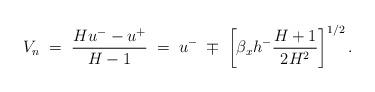
LaTeX: \begin{align*}V_n \; =\; \dfrac{Hu^--u^+}{H-1} \; = \;u^- \; \mp \; \left[\beta_x h^- \dfrac{H+1}{2 H^2}\right]^{1/2}.\end{align*}